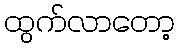
ထွက်လာတော့